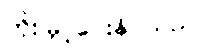
တိုးမြှင့်ပေးနိုင်သည်